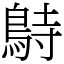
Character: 𪀔